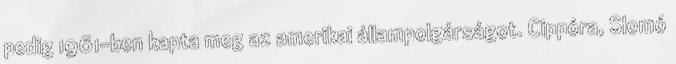
pedig 1961-ben kapta meg az amerikai állampolgárságot. Cippóra, Slomó